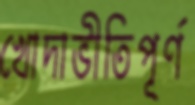
খোদাভীতিপূর্ণ